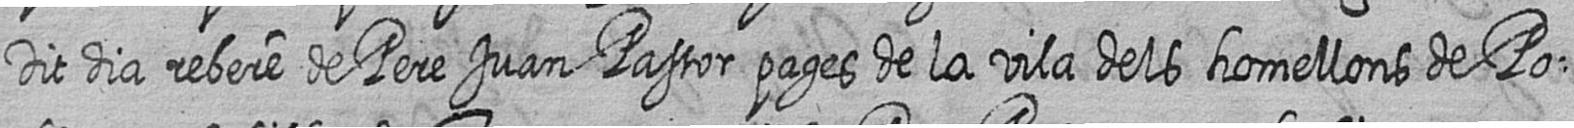
Dit dia rebere de Pere Juan Pastor pages de la vila dels homellons de Po=